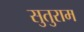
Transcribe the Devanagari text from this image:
सुतुराम